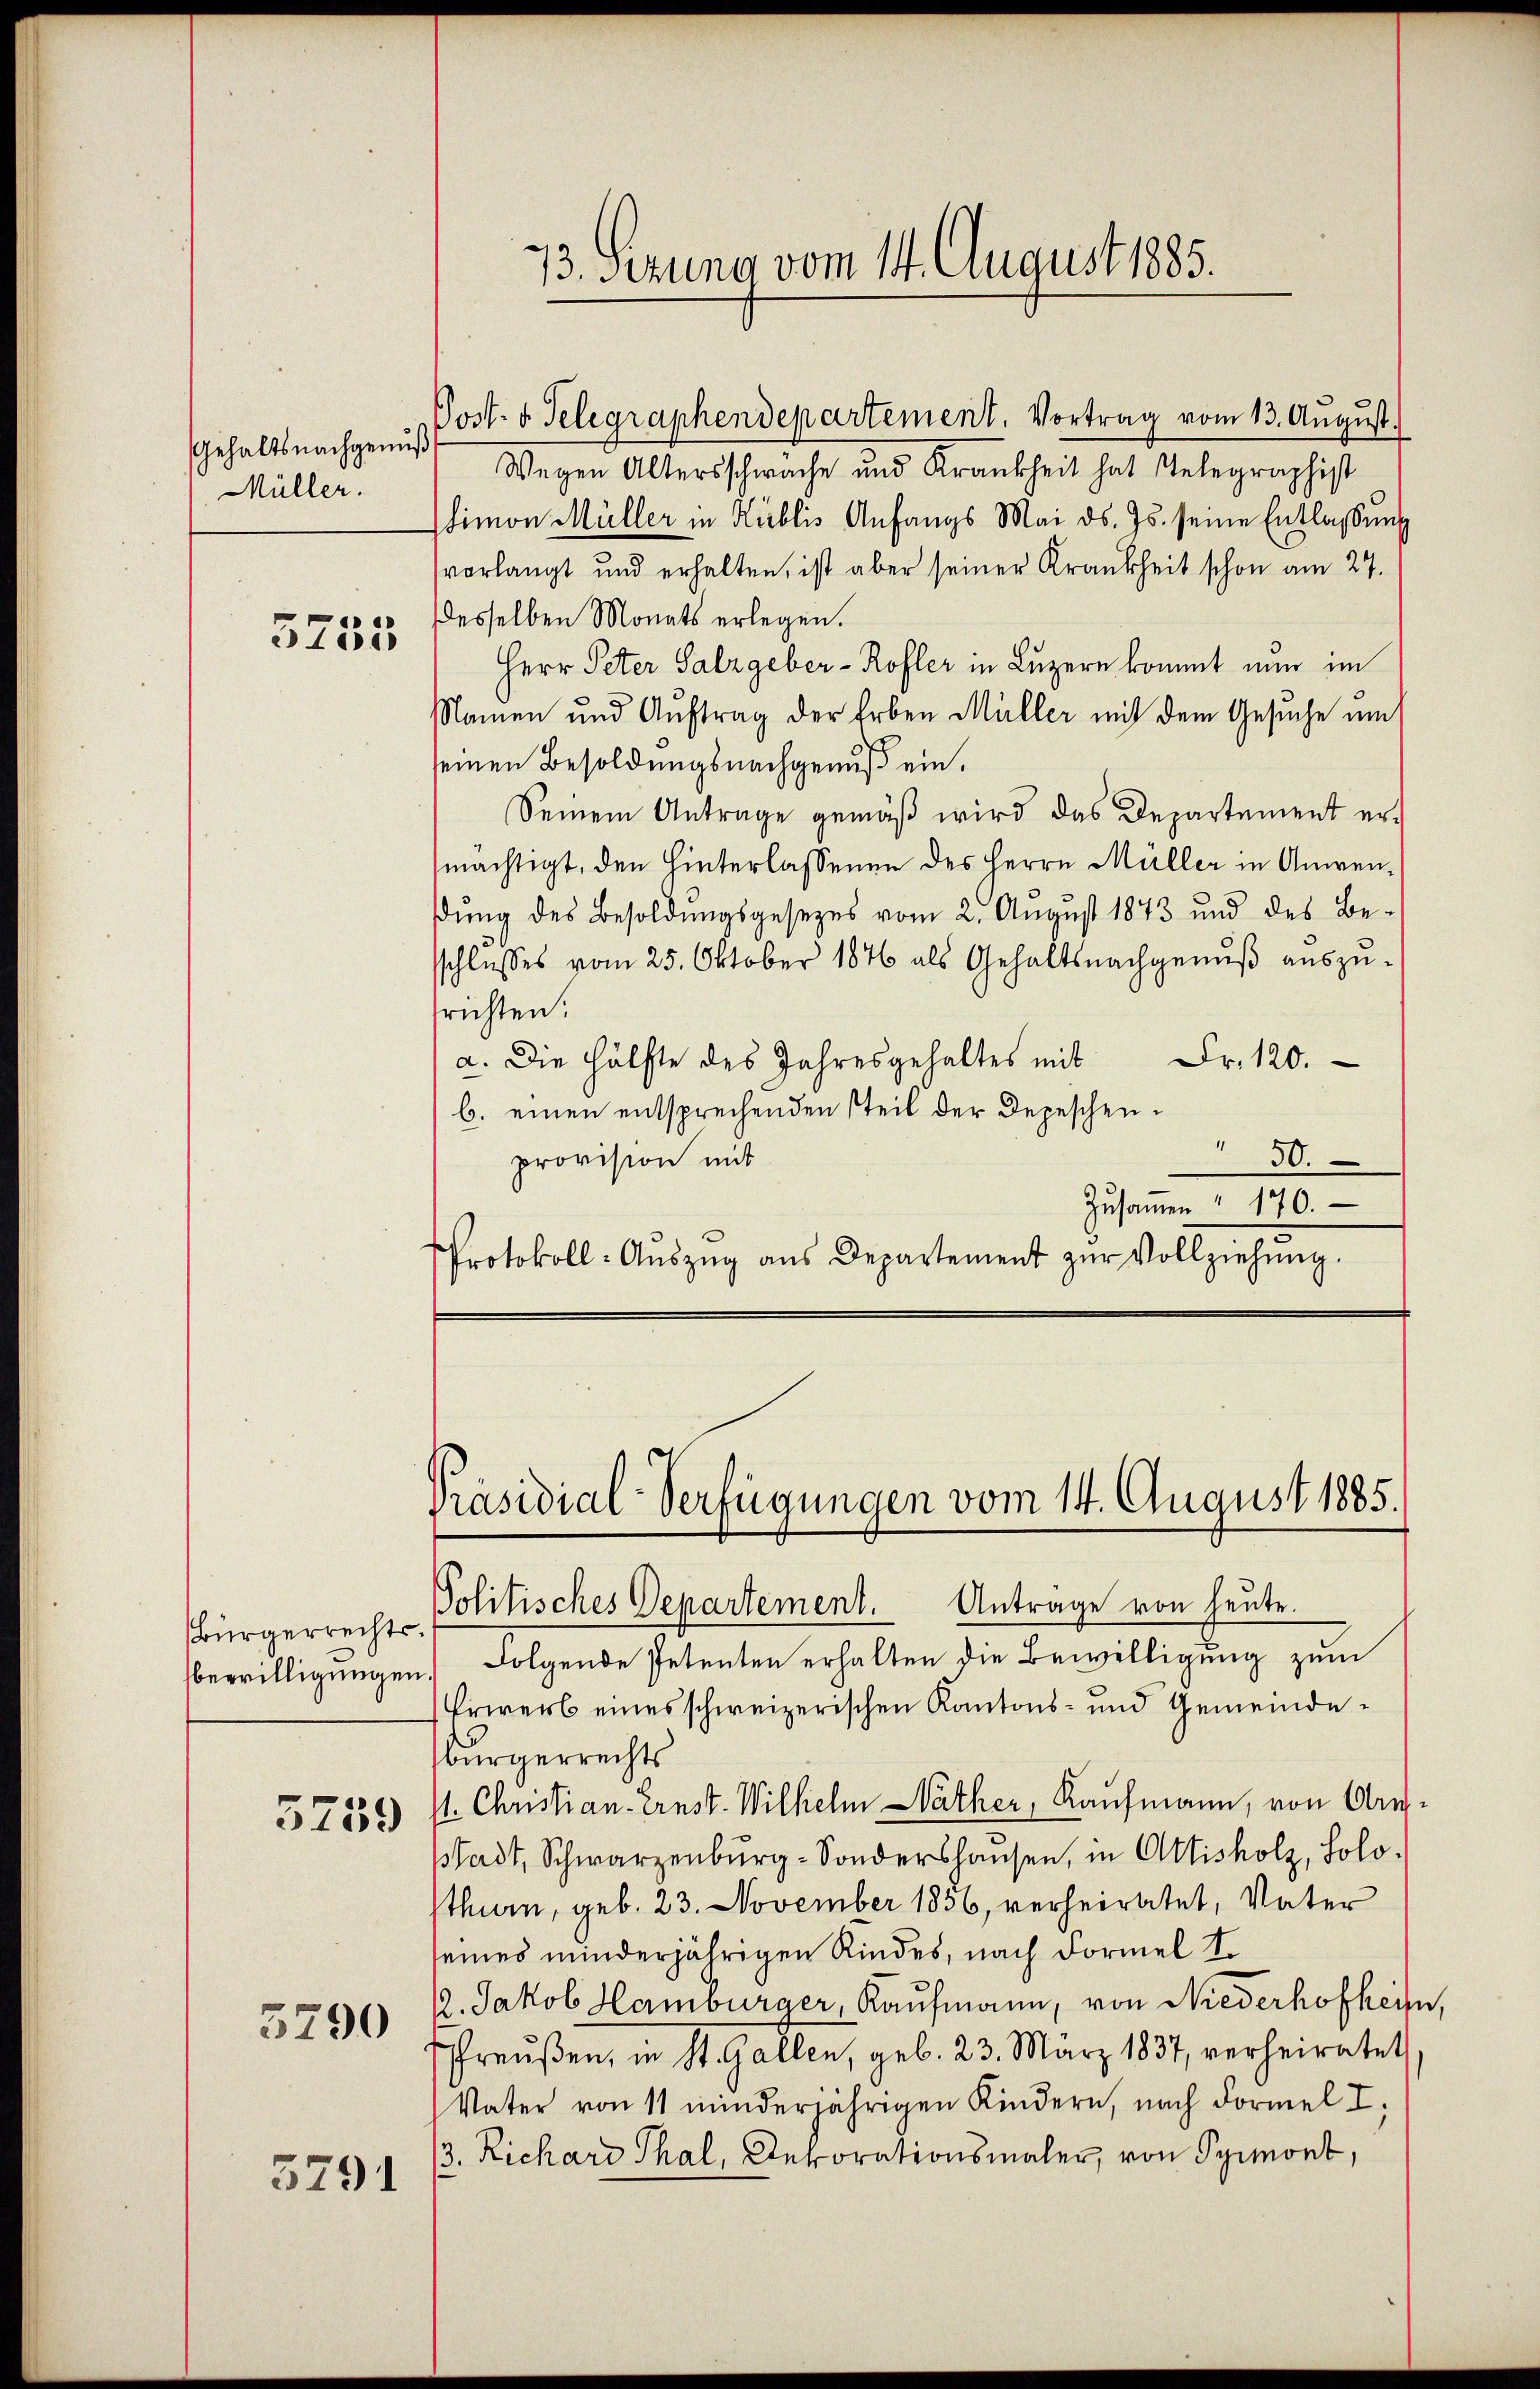
Gehaltsnachgenuß
Müller.

3755

Bürgerrechts.
bewilligungen

3739

3290

3791

73. Sizung vom 14. August 1885.

Post- u. Telegraphendepartement. Vortrag vom 13. August.
Wegen Altersschwache und Krankheit hat Telegraphist
timon Müller in Kublis Anfangs Mai d. Js. seine Entlassung
vorlangt und erhalten, ist aber seiner Krankheit schon am 27.
desselben Monats erlegen.
Herr Peter Salzgeber-Rofler in Luzern kommt nun im
Namen und Auftrag der Erben Müller mit dem Gesuche um
einen Besoldungsnachgenuß ein,
Seinem Antrage gemäß wird das Departement ermächtigt, den Hinterlassenen des Herrn Müller in Anwenŭng des Besoldŭngsgesezes vom 2. August 1873 und des Be-
sschlusses vom 25. Oktober 1876 als Gehaltsnachgenuß auszu-
richten:
a. Die Hälfte des Jahresgehaltes mit Fr. 120.
b. einen entsprechenden steil der Depeschen¬
30.
provision mit
Zusammen " 170.
Protokoll-Aŭszŭg aŭs Departement zŭr Vollziehŭng.

Präsidial-Verfügungen vom 14. August 1885.
Politisches Departement. Antrage von heute.

Folgende Petenten erhalten die Bewilligung zum
Erwerb eines schweizerischen Kantons- und Gemeindebürgerrechts
/1. Christian Ernst. Wilhelm Näther, Kaufmann, von Arstadt, Schwarzenbŭrg-Sondershausen, in Attisholz, Solo-
sthurn, geb. 23. November 1856, verheiratet, Vater
eines minderjährigen Kindes, nach Formel I.
2. Jakob Hamburger, Kaufmann, von Niederhofheim,
Preußen, in St. Gallen, geb. 23. März 1837, verheiratet
Vater von 11 minderjährigen Kindern, nach Formel I
/3. Richard Thal, Dekorationsmaler, von Pyrmont,